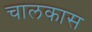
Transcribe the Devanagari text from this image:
चालकास